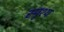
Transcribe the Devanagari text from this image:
स्पृश्‍य